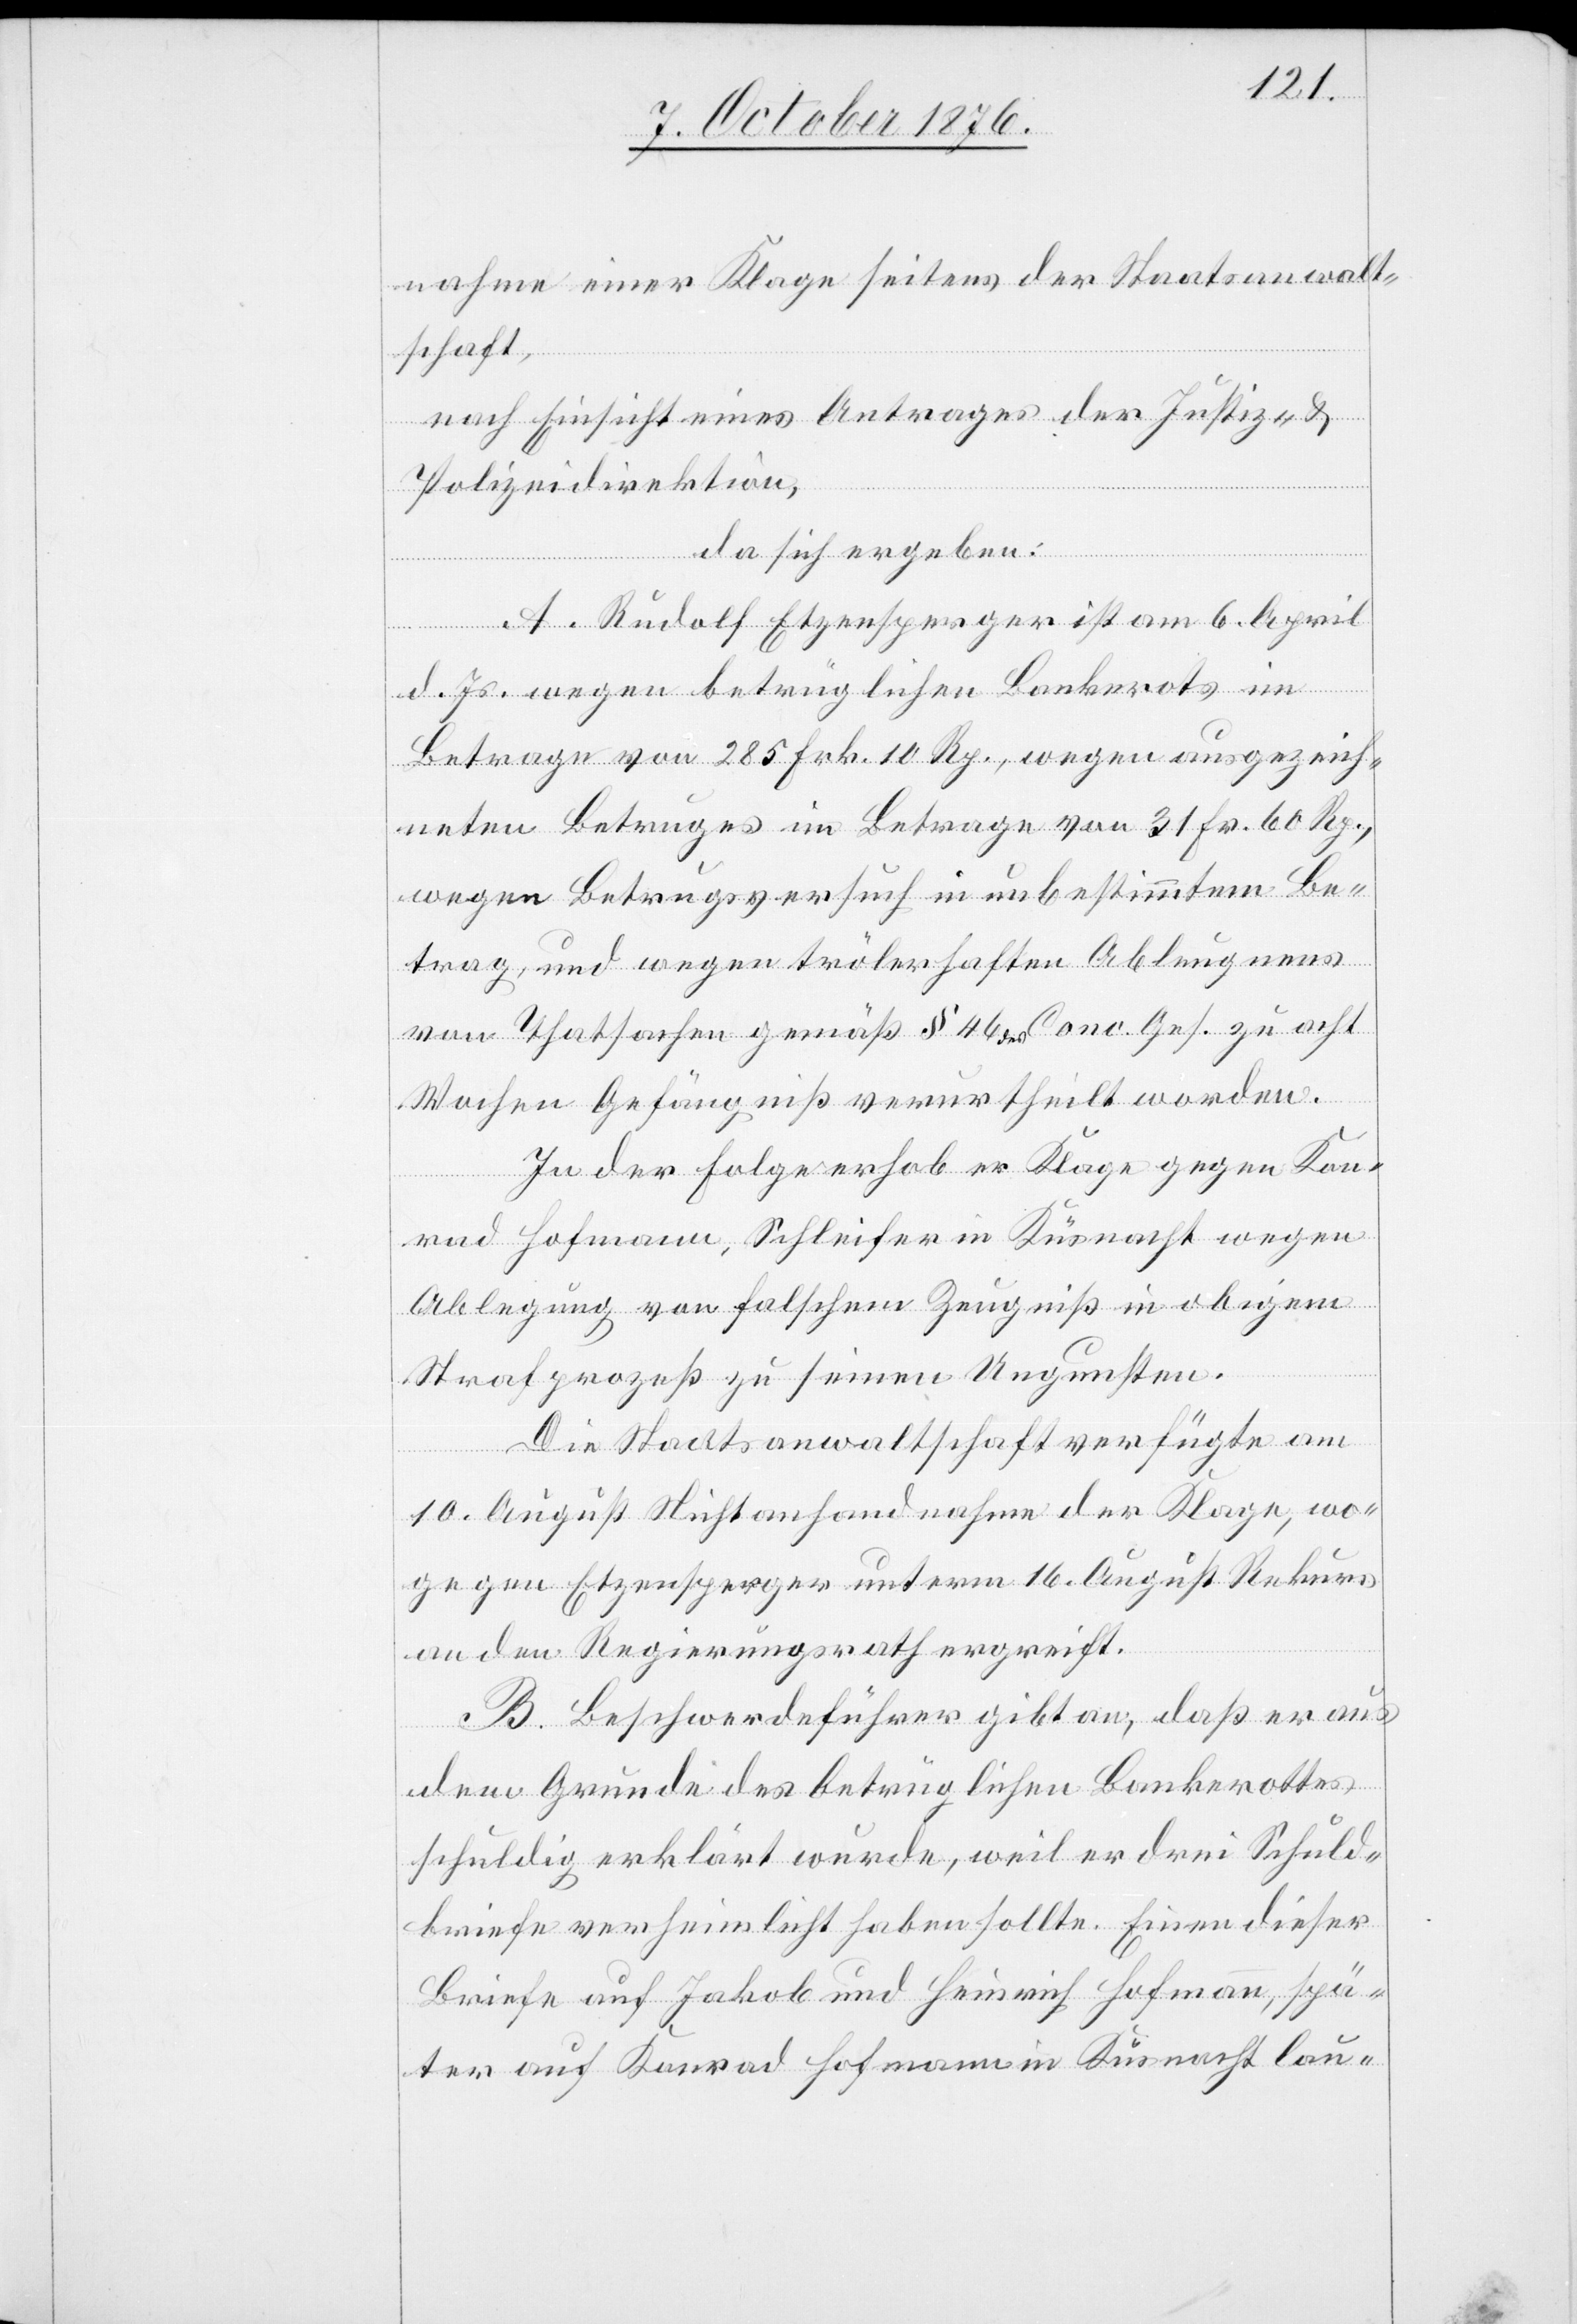
nahme einer Klage seitens der Staatsanwalt¬
schaft,
nach Einsicht eines Antrages der Justiz- &
Polizeidirektion,
da sich ergeben:
A. Rudolf Etzensperger ist am 6. April
d. Js. wegen betrüglichen Bankerots im
Betrage von 285 Frk. 10 Rp., wegen ausgezeich¬
neten Betruges im Betrage von 31 Fr. 60 Rp.,
wegen Betrugsversuch in unbestimmtem Be¬
trag, und wegen trölerhaften Ableugnens
von Thatsachen gemäß § 46 a des a Conc. Ges. zu acht
Wochen Gefängniß verurtheilt worden.
In der Folge erhob er Klage gegen Kon¬
rad Hofmann, Schleifer in Küsnacht wegen
Ablegung von falschem Zeugniß in obigem
Strafprozeß zu seinen Ungunsten.
Die Staatsanwaltschaft verfügte am
10. August Nichtanhandnahme der Klage, wo¬
gegen Etzensperger unterm 16. August Rekurs
an den Regierungsrath ergreift.
B. Beschwerdeführer gibt an, daß er aus
dem Grunde des betrüglichen Bankerottes
schuldig erklärt wurde, weil er drei Schuld¬
briefe verheimlicht haben sollte. Einen dieser
Briefe auf Jakob und Heinrich Hofmann, spä¬
ter auf Konrad Hofmann in Küsnacht lau-